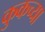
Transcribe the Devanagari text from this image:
कुकच्या